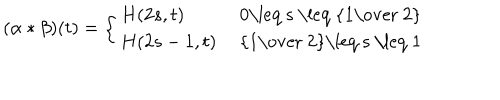
LaTeX: ( \alpha \ast \beta ) ( t ) = \left\{ \begin{array} { l l } { { H ( 2 s , t ) } } & { { \mathrm { ~ 0 \leq ~ s ~ \leq ~ { \frac { 1 } { ~ 2 } } ~ } } } \\ { { H ( 2 s - 1 , t ) } } & { { \mathrm { ~ { \frac { 1 } { ~ 2 } } \leq ~ s ~ \leq ~ 1 ~ } } } \\ \end{array} \right.